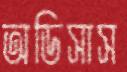
অডিসাস